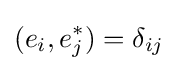
(e_{i},e_{j}^{*})=\delta _{ij}